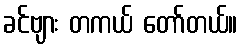
ခင်ဗျား တကယ် တော်တယ်။